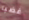
غضبا